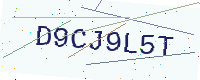
Text: D9CJ9L5T